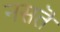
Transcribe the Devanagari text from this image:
नसतॆ